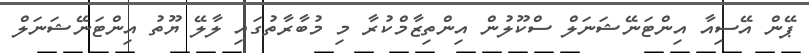
ޕޭން އޭސިއާ އިންޓަނޭޝަނަލް ސްކޫލުން އިންތިޒާމްކުރާ މި މުބާރާތުގައި ލާލޭ ޔޫތު އިންޓަނޭޝަނަލް